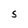
Character: S